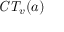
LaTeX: { \mathit { C T } } _ { v } ( a )